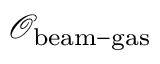
\mathcal { O } _ { \mathrm { b e a m - g a s } }